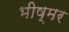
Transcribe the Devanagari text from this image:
भीष्मर